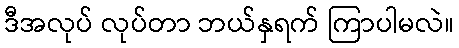
ဒီအလုပ် လုပ်တာ ဘယ်နှရက် ကြာပါမလဲ။